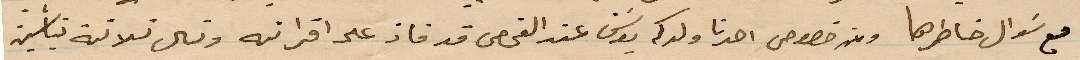
مع سؤال خاطرها وبخصوص احدنا ولدكم يوسف عند الفحص قد فاز على اقرانه وتسال ثلاثة %%